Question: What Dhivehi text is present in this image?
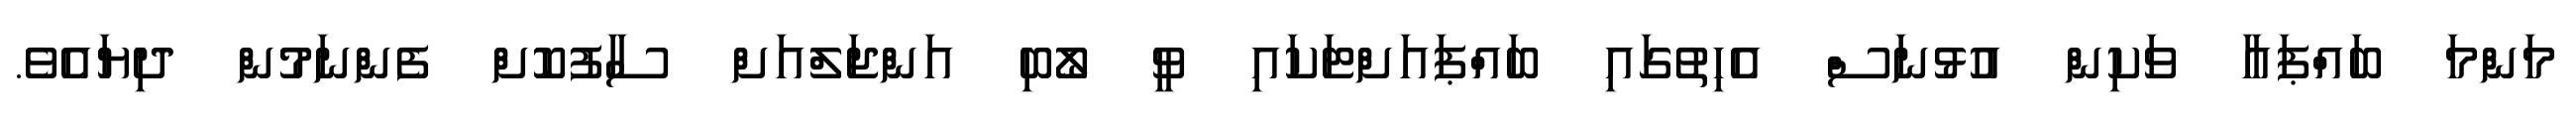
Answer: މަންމަ ބައްޕައާ ވަކިން އުޅުނަސް އެހިތުގައި ބައްޕައަށްޓަކައި ވީ ލޯބި އަންޖަލްއަށް ސާފުކޮށް ފެންނަމުން ދިޔައެވެ.